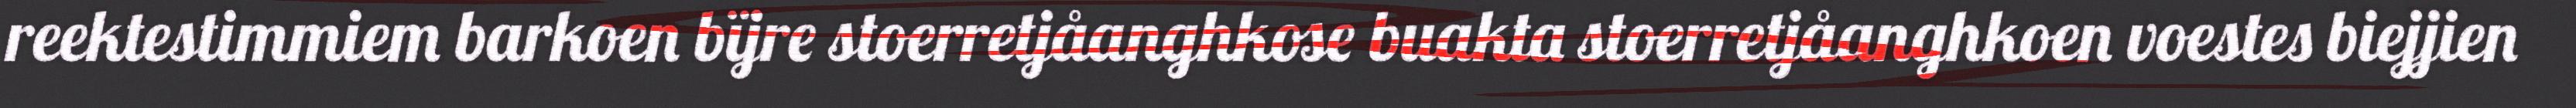
reektestimmiem barkoen bïjre stoerretjåanghkose buakta stoerretjåanghkoen voestes biejjien